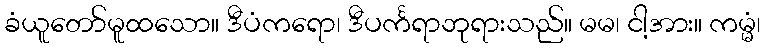
ခံယူတော်မူထသော။ ဒီပံကရော၊ ဒီပင်္ကရာဘုရားသည်။ မမ၊ ငါ့အား။ ကမ္မံ၊